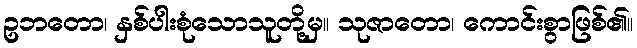
ဥဘတော၊ နှစ်ပါးစုံသောသူတို့မှ။ သုဇာတော၊ ကောင်းစွာဖြစ်၏။